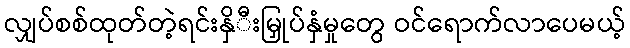
လျှပ်စစ်ထုတ်တဲ့ရင်းနှိီးမြှုပ်နှံမှုတွေ ဝင်ရောက်လာပေမယ့်